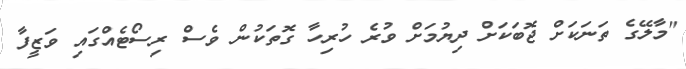
"މާލޭގެ ތަނަކަށް ޖޮބަކަށް ދިޔުމަށް ވުރެ ހުރިހާ ގޮތަކުން ވެސް ރިސޯޓެއްގައި ވަޒީފާ